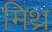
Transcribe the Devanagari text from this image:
मिथ्र